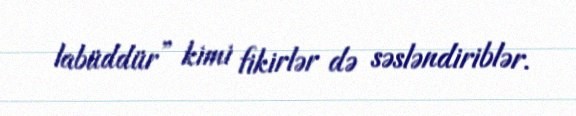
labüddür” kimi fikirlər də səsləndiriblər.